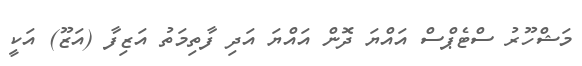
މަޝްހޫރު ސްޓެޕްސް އައްޔަ ދޮން އައްޔަ އަދި ފާތިމަތު އަޒިފާ (އަޒޫ) އަކީ